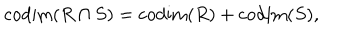
\mathrm { c o d i m } ( R \cap S ) = \mathrm { c o d i m } ( R ) + \mathrm { c o d i m } ( S ) ,